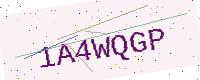
Text: 1A4WQGP